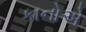
કાનોએ